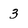
Character: 3